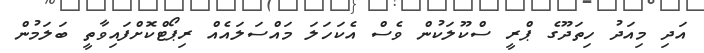
އަދި މިއަދު ހިތަދޫގެ ޕްރީ ސްކޫލަކުން ވެސް އެކަހަލަ މައްސަލައެއް ރިޕޯޓްކޮށްފައިވާތީ ބަލަމުން